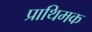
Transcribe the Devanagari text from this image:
प्राथिमक